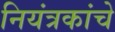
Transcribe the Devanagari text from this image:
नियंत्रकांचे